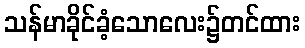
သန်မာခိုင်ခံ့သောလေး၌တင်ထား